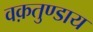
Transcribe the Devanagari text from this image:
वक़तुण्डाय